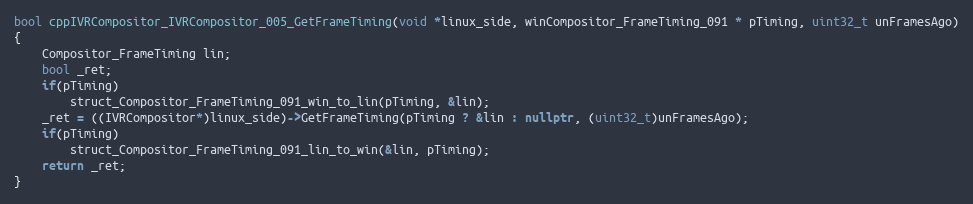
Language: C++
bool cppIVRCompositor_IVRCompositor_005_GetFrameTiming(void *linux_side, winCompositor_FrameTiming_091 * pTiming, uint32_t unFramesAgo)
{
    Compositor_FrameTiming lin;
    bool _ret;
    if(pTiming)
        struct_Compositor_FrameTiming_091_win_to_lin(pTiming, &lin);
    _ret = ((IVRCompositor*)linux_side)->GetFrameTiming(pTiming ? &lin : nullptr, (uint32_t)unFramesAgo);
    if(pTiming)
        struct_Compositor_FrameTiming_091_lin_to_win(&lin, pTiming);
    return _ret;
}